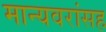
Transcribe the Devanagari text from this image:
मान्यवरांसह